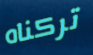
تركناه